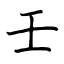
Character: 壬